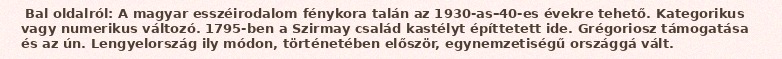
Bal oldalról: A magyar esszéirodalom fénykora talán az 1930-as–40-es évekre tehető. Kategorikus vagy numerikus változó. 1795-ben a Szirmay család kastélyt építtetett ide. Grégoriosz támogatása és az ún. Lengyelország ily módon, történetében először, egynemzetiségű országgá vált.